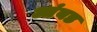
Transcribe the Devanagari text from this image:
आंबड